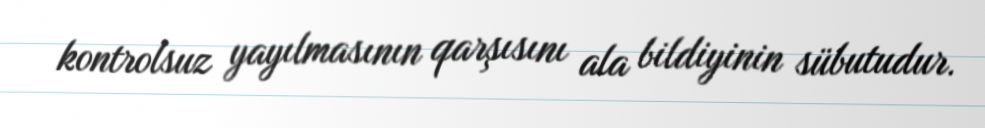
kontrolsuz yayılmasının qarşısını ala bildiyinin sübutudur.